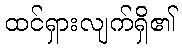
ထင်ရှားလျက်ရှိ၏